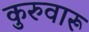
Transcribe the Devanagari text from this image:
कुरुवारू